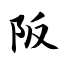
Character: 阪